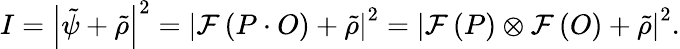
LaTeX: I=\left|\tilde{\psi}+\tilde{\rho}\right|^{2}=\left|\mathcal{F}\left(P\cdot O\right)+\tilde{\rho}\right|^{2}=\left|\mathcal{F}\left(P\right)\otimes\mathcal{F}\left(O\right)+\tilde{\rho}\right|^{2}.